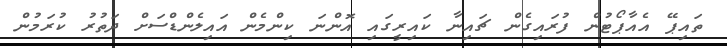
ތައިޕޭ އެއާޕޯޓުން ފުރައިގެން ޗައިނާ ކައިރީގައި އޮންނަ ކިންމެން އައިލެންޑްސަށް ދަތުރު ކުރަމުން